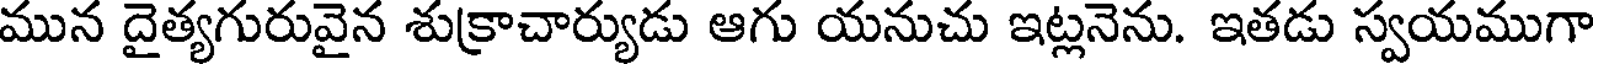
మున దైత్యగురువైన శుక్రాచార్యుడు ఆగు యనుచు ఇట్లనెను. ఇతడు స్వయముగా